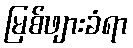
မြစ်ဖျားခံရာ